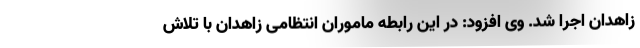
زاهدان اجرا شد. وی افزود: در این رابطه ماموران انتظامی زاهدان با تلاش